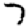
Digit: 7